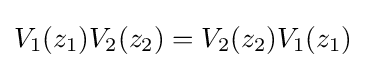
V_{1}(z_{1})V_{2}(z_{2})=V_{2}(z_{2})V_{1}(z_{1})